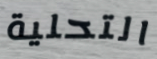
التحلية